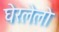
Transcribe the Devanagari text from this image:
घेरलेलो